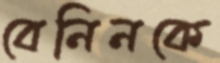
বেনিনকে